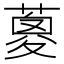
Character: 𦹰